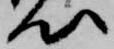
心